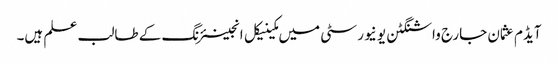
آیڈم عثمان جارج واشنگٹن یو نیورسٹی میں مکینیکل انجینئرنگ کے طالب علم ہیں۔